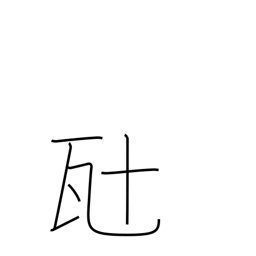
Meaning: ten grams